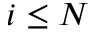
i \leq N